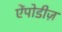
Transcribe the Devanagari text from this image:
ऐंपोडीज़